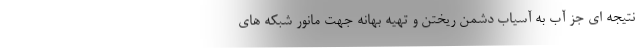
نتیجه ای جز آب به آسیاب دشمن ریختن و تهیه بهانه جهت مانور شبکه های